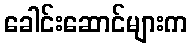
ခေါင်းဆောင်များက